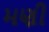
મણી